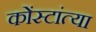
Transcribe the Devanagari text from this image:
कोंस्टांत्या